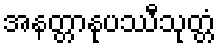
အနတ္တာနုပဿီသုတ္တံ